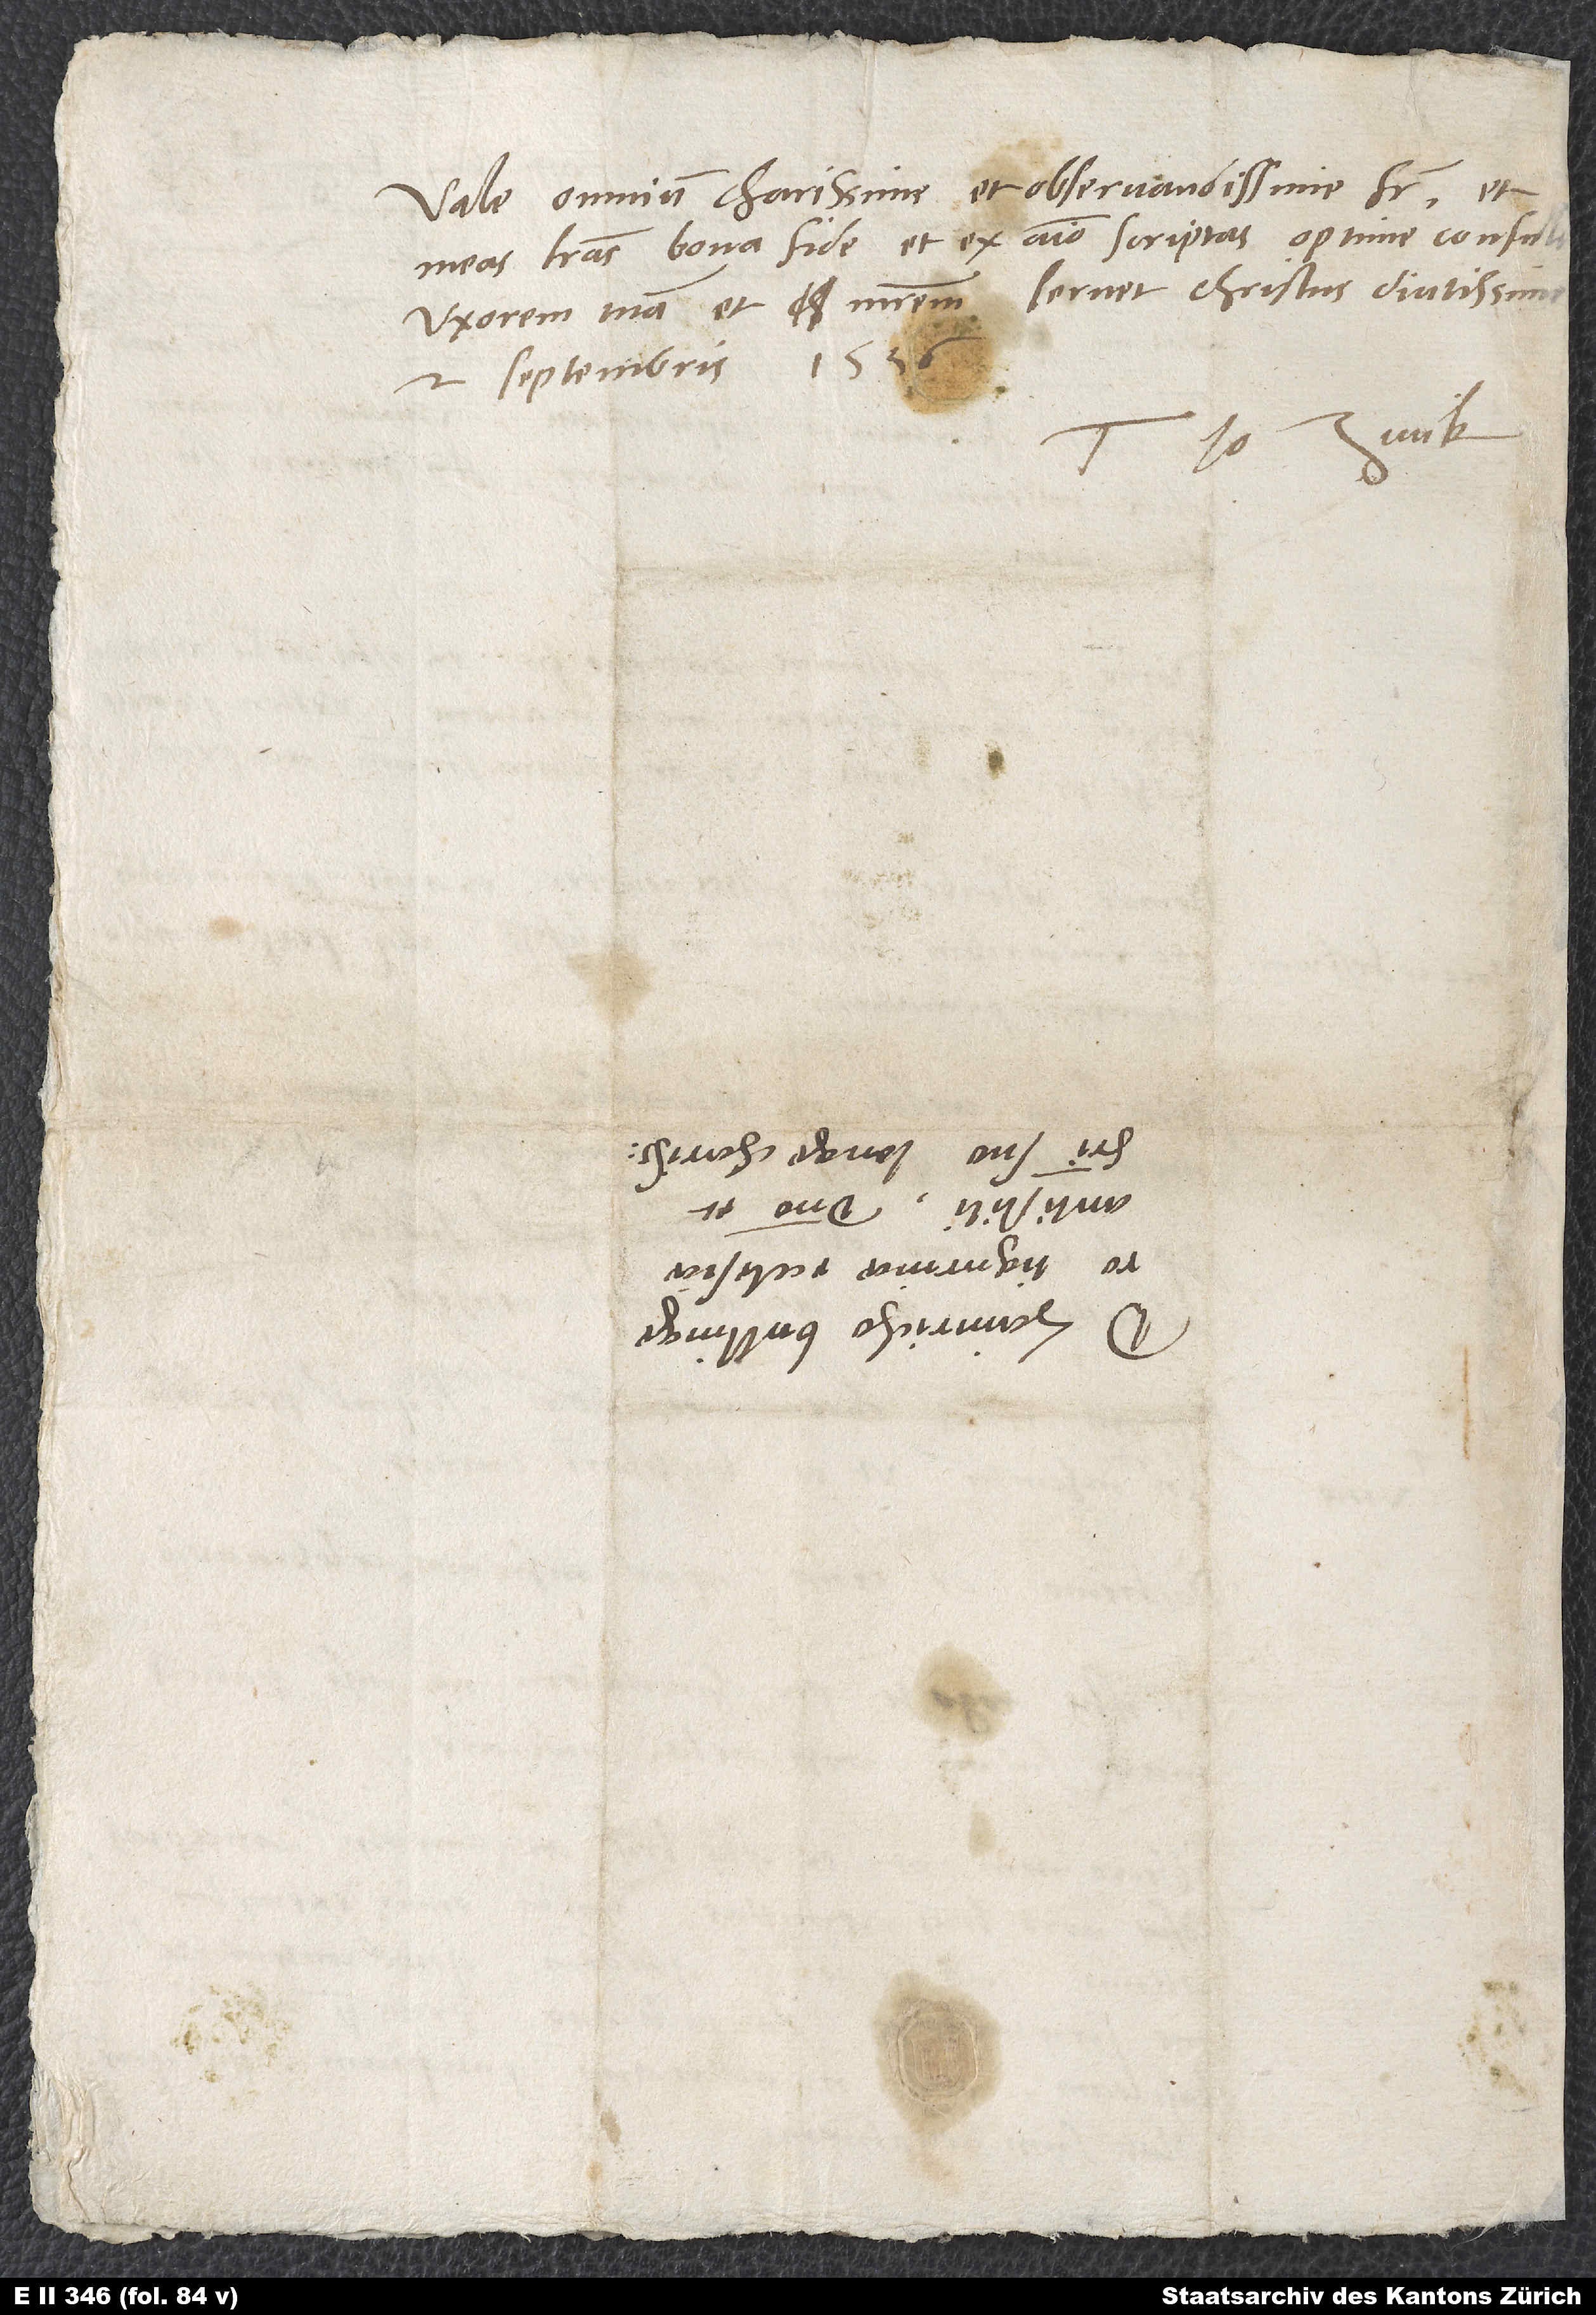
meas literas bona fide et ex animo scriptas optime
2. septembris 1536.
Tuus Io. Zvick.